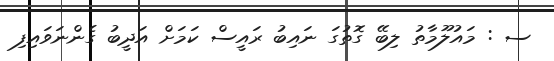
ސ : މައުލޫމާތު ލިބޭ ގޮތުގަ ނައިބު ރައީސް ކަމަށް އަދީބު ގެންނަވައިފި